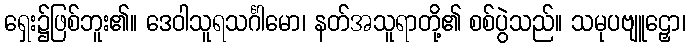
ရှေး၌ဖြစ်ဘူး၏။ ဒေဝါသူရသင်္ဂါမော၊ နတ်အသူရာတို့၏ စစ်ပွဲသည်။ သမုပဗျူဠှော၊